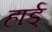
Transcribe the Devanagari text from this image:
हार्ड्